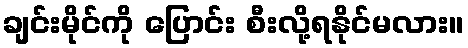
ချင်းမိုင်ကို ပြောင်း စီးလို့ရနိုင်မလား။